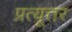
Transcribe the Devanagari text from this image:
प्रत्यूत्तर